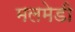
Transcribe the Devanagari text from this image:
मलमेडी